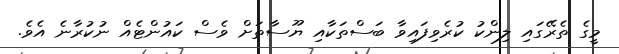
މީގެ ތެރޭގައި ލިންކު ކުރެވިފައިވާ ބަސްތަކާއި ޔޫސާތަށް ވެސް ކައުންޓެއް ނުކުރާނެ އެވެ.